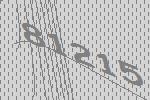
81215